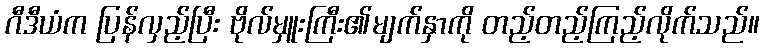
ဂီဒီယံက ပြန်လှည့်ပြီး ဗိုလ်မှူးကြီး၏မျက်နှာကို တည့်တည့်ကြည့်လိုက်သည်။